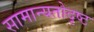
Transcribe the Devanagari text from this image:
सामान्यतोदृष्ट